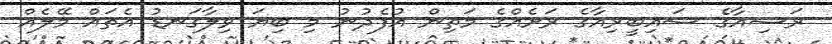
ރަޝިއާގެ ސައިބީރިއާގެ ރަށެއްގެ މަތިން އުފެދުނު މި ބިޔަ ވިލާގަނޑު އެތައް މޭލެއް